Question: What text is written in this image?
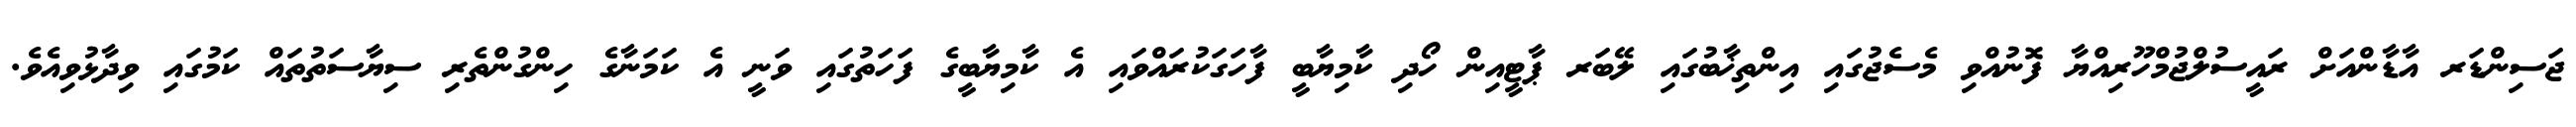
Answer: ޖަސިންޑަރ އާޑާންއަށް ރައީސުލްޖުމްހޫރިއްޔާ ފޮނުއްވި މެސެޖުގައި އިންތިޚާބުގައި ލޭބަރ ޕާޓީއިން ހޯދި ކާމިޔާބީ ފާހަގަކުރައްވައި އެ ކާމިޔާބީގެ ފަހަތުގައި ވަނީ އެ ކަމަނާގެ ހިންގުންތެރި ސިޔާސަތުތައް ކަމުގައި ވިދާޅުވިއެވެ.